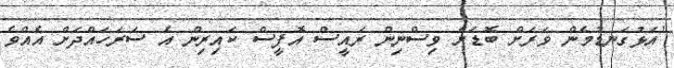
"އަޅުގަނޑުމެން ވަރަށް ބޮޑަށް ވިސްނިން ރައީސް އޮފީސް ކައިރިން އެ ސަރަހައްދަށް އެއްވެ